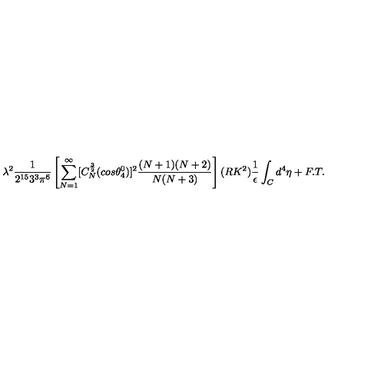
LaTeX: \lambda ^ { 2 } \frac { 1 } { 2 ^ { 1 5 } 3 ^ { 3 } \pi ^ { 6 } } \left[ \sum _ { N = 1 } ^ { \infty } [ C _ { N } ^ { \frac { 3 } { 2 } } ( c o s { \theta _ { 4 } ^ { 0 } } ) ] ^ { 2 } \frac { ( N + 1 ) ( N + 2 ) } { N ( N + 3 ) } \right] ( R K ^ { 2 } ) \frac { 1 } { \epsilon } \int _ { C } d ^ { 4 } { \eta } + F . T .